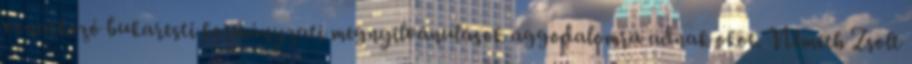
vonatkozó bukaresti kormányzati megnyilvánulások aggodalomra adnak okot. Németh Zsolt